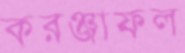
করঞ্জাফল